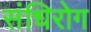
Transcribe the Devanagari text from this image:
संधिरोग